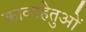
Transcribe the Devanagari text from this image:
काव्यहेतुओं